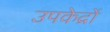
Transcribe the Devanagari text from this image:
उपकेद्रों